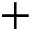
+